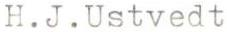
H.J.Ustvedt